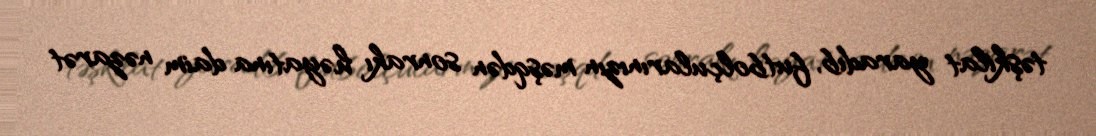
təşkilat yaradıb, futbolçularınızın məşqdən sonrakı həyatına daim nəzarət